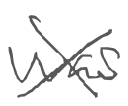
Text: was
Cross-out: mix
Writing tool: digital_gray